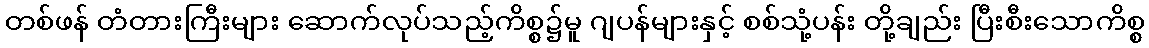
တစ်ဖန် တံတားကြီးများ ဆောက်လုပ်သည့်ကိစ္စ၌မူ ဂျပန်များနှင့် စစ်သုံ့ပန်း တို့ချည်း ပြီးစီးသောကိစ္စ